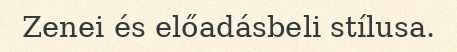
Zenei és előadásbeli stílusa.